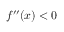
f ^ { \prime \prime } ( x ) < 0